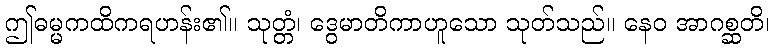
ဤဓမ္မကထိကရဟန်း၏။ သုတ္တံ၊ ဒွေမာတိကာဟူသော သုတ်သည်။ နေဝ အာဂစ္ဆတိ၊